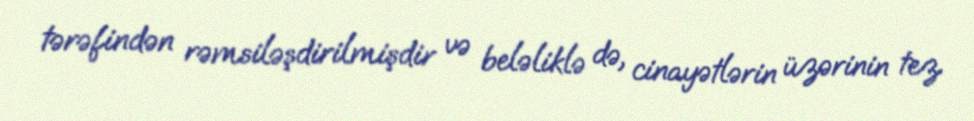
tərəfindən rəmsiləşdirilmişdir və beləliklə də, cinayətlərin üzərinin tez